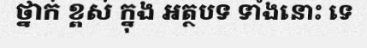
ថ្នាក់ ខ្ពស់ ក្នុង អត្ថបទ ទាំងនោះ ទេ